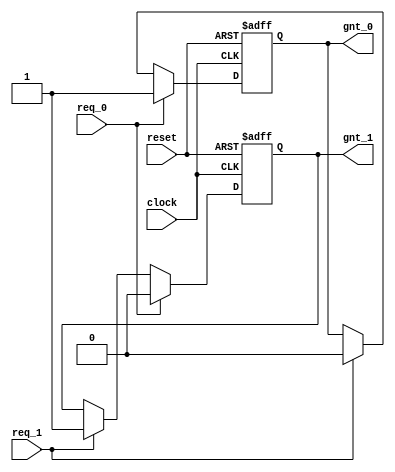
module arbiter (
clock, 
reset, 
req_0,
req_1, 
gnt_0,
gnt_1
);

input clock, reset, req_0, req_1;
output gnt_0, gnt_1;

reg gnt_0, gnt_1;

always @ (posedge clock or posedge reset)
if (reset) begin
 gnt_0 <= 0;
 gnt_1 <= 0;
end else if (req_0) begin
  gnt_0 <= 1;
  gnt_1 <= 0;
end else if (req_1) begin
  gnt_0 <= 0;
  gnt_1 <= 1;
end

endmodule